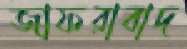
জাফরাবাদ